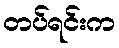
တပ်ရင်းက